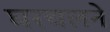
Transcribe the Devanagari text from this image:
घरचलने